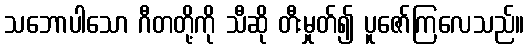
သဘောပါသော ဂီတတို့ကို သီဆို တီးမှုတ်၍ ပူဇော်ကြလေသည်။